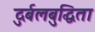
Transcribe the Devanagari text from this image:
दुर्बलबुद्धिता